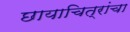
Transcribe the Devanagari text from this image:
छायाचित्रांचा